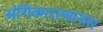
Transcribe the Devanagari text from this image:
अंगिकारल्यानंतर